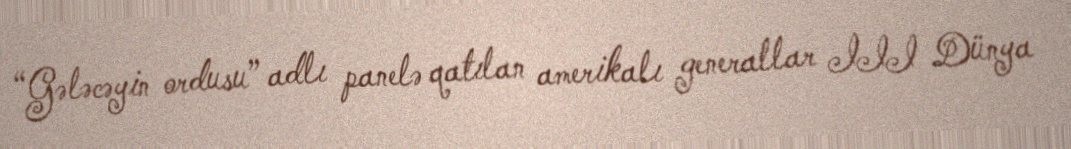
“Gələcəyin ordusu” adlı panelə qatılan amerikalı generallar III Dünya